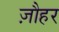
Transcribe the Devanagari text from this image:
ज़ौहर